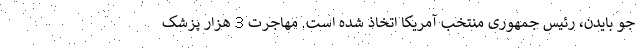
جو بایدن، رئیس جمهوری منتخب آمریکا اتخاذ شده است. مهاجرت 3 هزار پزشک